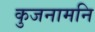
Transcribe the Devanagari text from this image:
कुजनामनि